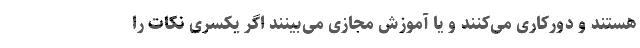
هستند و دورکاری می‌کنند و یا آموزش مجازی می‌بینند اگر یکسری نکات را